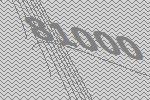
81000